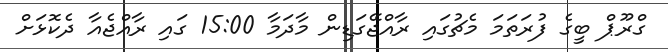
ގްރޫޕް ބީގެ ފުރަތަމަ މެޗުގައި ރާއްޖޭގަޑިން މާދަމާ 15:00 ގައި ރާއްޖެއާ ދެކޮޅަށް